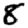
Digit: 8